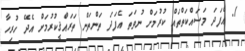
1. އެފަދަ މަސައްކަތްތައް ކުރުމަށް ނުވަތަ އެފަދަ ތަންތަން ތަރައްޤީކުރުމަށް އެދޭ ހުރިހާ